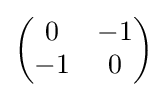
{\begin{pmatrix}0&-1\\-1&0\end{pmatrix}}